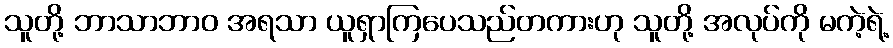
သူတို့ ဘာသာဘာဝ အရသာ ယူရှာကြပေသည်တကားဟု သူတို့ အလုပ်ကို မကဲ့ရဲ့